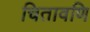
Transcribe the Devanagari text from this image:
चितावणि